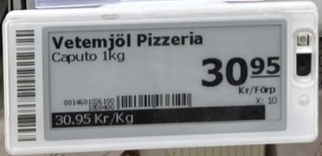
Vara: Vetemjöl Pizzeria
Genomsnittspris: 30.95 per kg